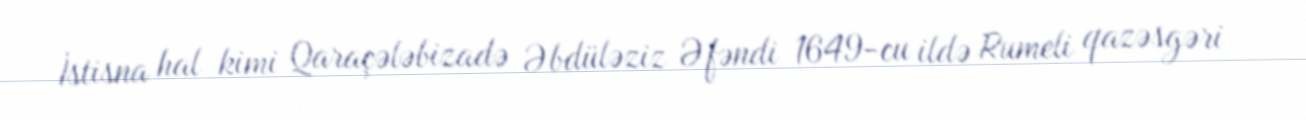
İstisna hal kimi Qaraçələbizadə Əbdüləziz Əfəndi 1649-cu ildə Rumeli qazəsgəri